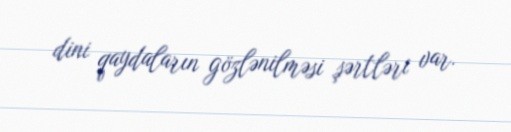
dini qaydaların gözlənilməsi şərtləri var.